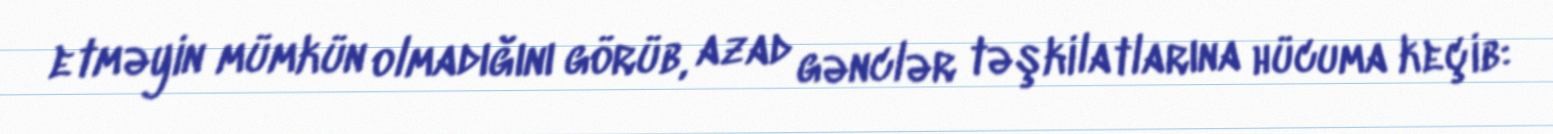
etməyin mümkün olmadığını görüb, azad gənclər təşkilatlarına hücuma keçib: